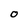
Character: O